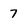
Character: 7